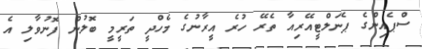
ސްޕެއިންގެ ޕެނަލްޓީއޭރިއާ ތެރޭ ހުރެ އީރާނުގެ މެހްދީ ތަރީމީ ބޮލުން ފޮނުވާލި އެ